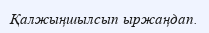
Қалжыңшылсып ыржаңдап.